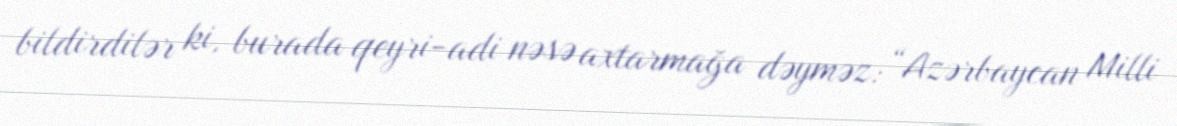
bildirdilər ki, burada qeyri-adi nəsə axtarmağa dəyməz: “Azərbaycan Milli